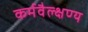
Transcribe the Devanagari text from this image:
कर्मवैल्क्षण्य